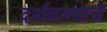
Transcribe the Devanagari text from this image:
दर्शवल्याचे